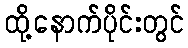
ထို့နောက်ပိုင်းတွင်